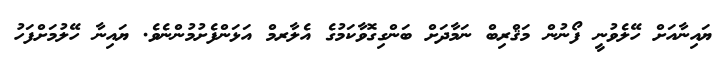
ޔައިނާއަށް ހޭލެވުނީ ފޯނުން މަޤްރިބް ނަމާދަށް ބަންގިގޮވާކަމުގެ އެލާރމް އަޅަންފެށުމުންނެވެ. ޔައިނާ ހޭލުމަށްފަހު